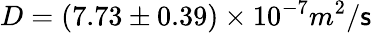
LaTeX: D=(7.73\pm0.39)\times10^{-7}m^{2}/\mathsf{s}